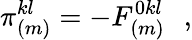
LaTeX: \pi_{(m)}^{kl}=-F_{(m)}^{0kl}\, \, \, \, ,